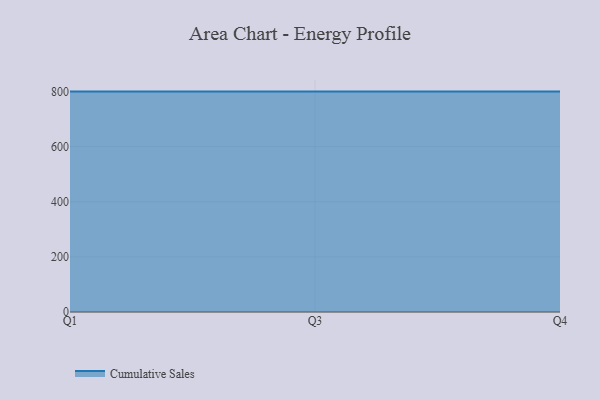
{"axis": {"x": "Quarter", "y": "Energy Usage (MWh)"}, "legend": ["Cumulative Sales"], "data": [{"x": "Q1", "y": 800, "type": "Cumulative Sales"}, {"x": "Q3", "y": 800, "type": "Cumulative Sales"}, {"x": "Q4", "y": 800, "type": "Cumulative Sales"}]}